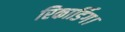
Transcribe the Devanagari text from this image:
रिकार्डिग।